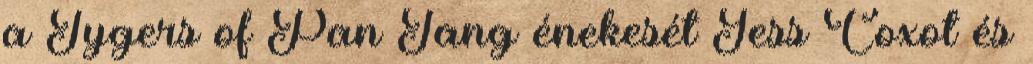
a Tygers of Pan Tang énekesét Jess Coxot és